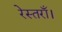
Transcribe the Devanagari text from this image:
रेस्तराँ।